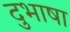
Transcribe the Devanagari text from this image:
दुभाषा